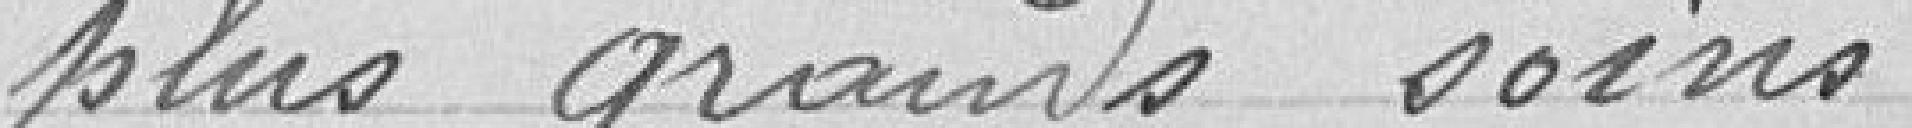
plus grands soins.